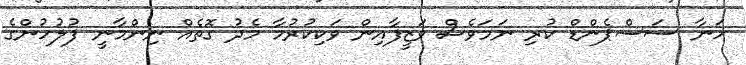
ހަނާ ސަސްޕެންޑް ކުރި ނަމަވެސް ވަޒީފާއިން ވަކިކުރުމާ މެދު ގޮތެއް ނިންމާނީ ފުލުހުންގެ